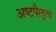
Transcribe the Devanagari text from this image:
अष्टपैलूत्व